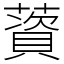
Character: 薋